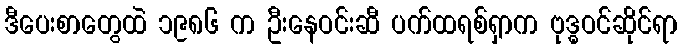
ဒီပေးစာတွေထဲ ၁၉၈၆ က ဦးနေဝင်းဆီ ပက်ထရစ်ရှာက ဗုဒ္ဓဝင်ဆိုင်ရာ